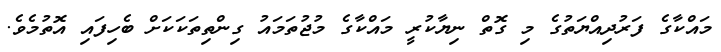
މައްކާގެ ފަރުދިއްޔަތުގެ މި ގޮތް ނިޔާކުރީ މައްކާގެ މުޖުތަމައު ގިންތިތަކަކަށް ބެހިފައި އޮތުމެވެ.